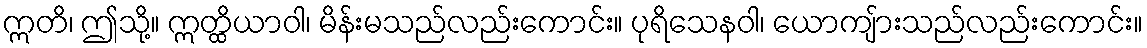
ဣတိ၊ ဤသို့။ ဣတ္ထိယာဝါ၊ မိန်းမသည်လည်းကောင်း။ ပုရိသေနဝါ၊ ယောကျ်ားသည်လည်းကောင်း။